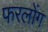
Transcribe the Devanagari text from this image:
फरलोंग